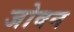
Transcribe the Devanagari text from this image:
जोवन